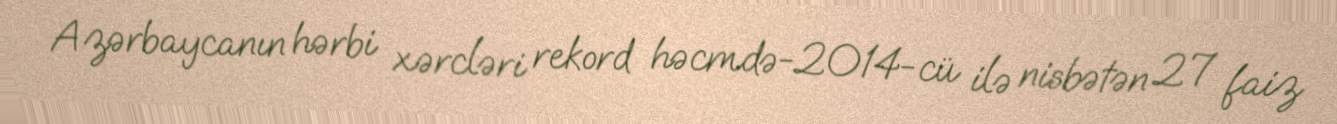
Azərbaycanın hərbi xərcləri rekord həcmdə-2014-cü ilə nisbətən 27 faiz